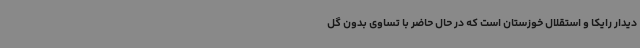
دیدار رایکا و استقلال خوزستان است که در حال حاضر با تساوی بدون گل